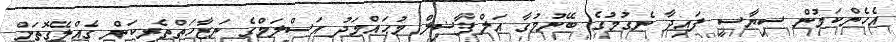
އެހެންކަމުން ސިޔާސީ ފައިދާ ނެގުމުގެ ބޭނުމުގާ އަލްފާޟިލް މުޙައްމަދު އަސްލަމްގެ ނަޒާހަތްތެރިކަން ގެއްލޭގޮތަށް